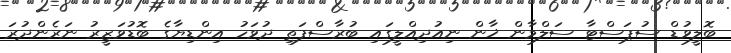
ބޮލީވުޑް ސުޕަސްޓާ ސަލްމާން ޚާން ނިއުދިއްލީގައި ބުރާސްފަތި ދުވަހު އިންޑިޔާގެ ބޮޑުވަޒީރު ނަރެންދުރަ